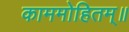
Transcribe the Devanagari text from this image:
काममोहितम्॥